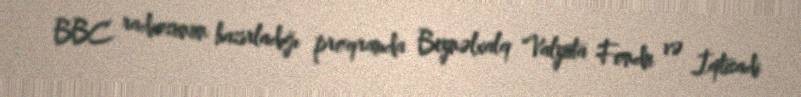
BBC radiosunun hazırladığı proqramda Beynəlxalq Valyuta Fondu və İqtisadi